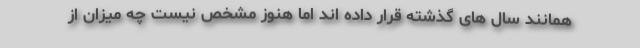
همانند سال های گذشته قرار داده اند اما هنوز مشخص نیست چه میزان از